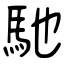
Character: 馳